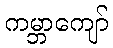
ကမ္ဘာကျော်